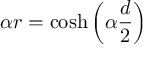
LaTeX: \alpha r = \cosh \left( \alpha \frac { d } { 2 } \right)